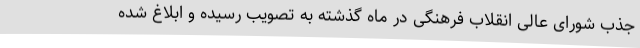
جذب شورای عالی انقلاب فرهنگی در ماه گذشته به تصویب رسیده و ابلاغ شده